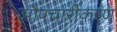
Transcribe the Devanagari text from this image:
औपचारीकरण